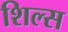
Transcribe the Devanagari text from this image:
शिल्स